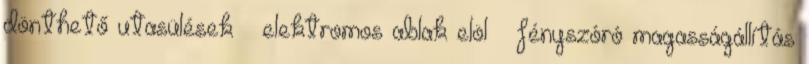
dönthető utasülések – elektromos ablak elöl – fényszóró magasságállítás